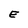
Character: E